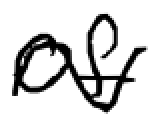
Text: of
Cross-out: wave
Writing tool: digital_black